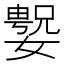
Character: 𫱲